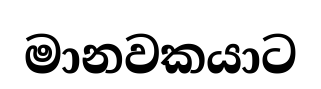
මානවකයාට